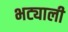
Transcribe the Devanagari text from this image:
भट्याली